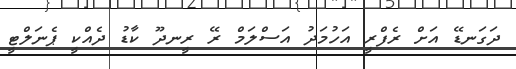
ދަގަނޑޭ އަށް ރެފްރީ އަހުމަދު އަސްލަމް ރޭ ރީނދޫ ކާޑު ދެއްކީ ޕެނަލްޓީ